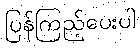
ပြန်ကြည့်ပေးပါ